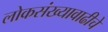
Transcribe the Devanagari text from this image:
लोकसंख्यावाढीचे